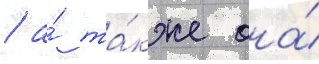
/ а́ та́кже она́